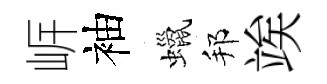
㟁袖蠟邦竢